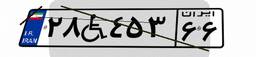
۲۸W۴۵۳۶۶